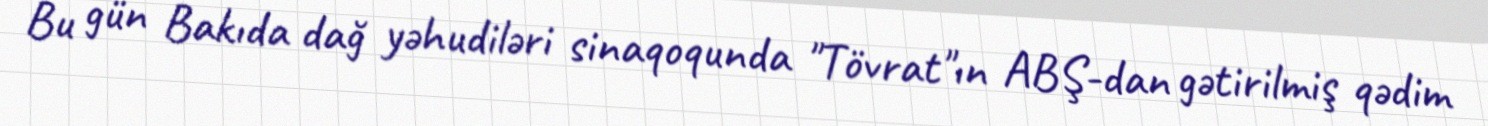
Bu gün Bakıda dağ yəhudiləri sinaqoqunda "Tövrat"ın ABŞ-dan gətirilmiş qədim